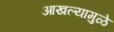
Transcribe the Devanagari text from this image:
आखल्यामुळे